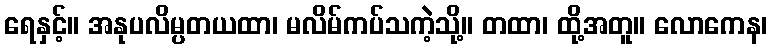
ရေနှင့်။ အနုပလိမ္ပတယထာ၊ မလိမ်ကပ်သကဲ့သို့။ တထာ၊ ထို့အတူ။ လောကေန၊